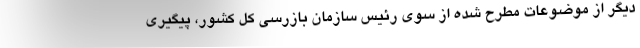
دیگر از موضوعات مطرح شده از سوی رئیس سازمان بازرسی کل کشور، پیگیری